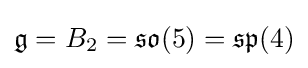
{\mathfrak {g}}=B_{2}={\mathfrak {so}}(5)={\mathfrak {sp}}(4)